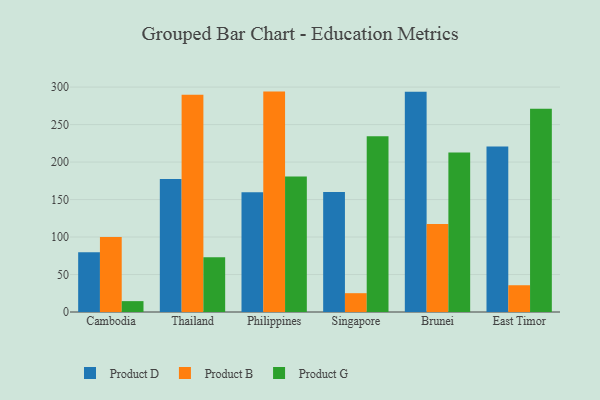
{"axis": {"x": "Country", "y": "Production Output"}, "legend": ["Product B", "Product D", "Product G"], "data": [{"x": "Cambodia", "y": 79.8, "type": "Product D"}, {"x": "Cambodia", "y": 100.1, "type": "Product B"}, {"x": "Cambodia", "y": 14.5, "type": "Product G"}, {"x": "Thailand", "y": 177.4, "type": "Product D"}, {"x": "Thailand", "y": 289.8, "type": "Product B"}, {"x": "Thailand", "y": 73.0, "type": "Product G"}, {"x": "Philippines", "y": 159.9, "type": "Product D"}, {"x": "Philippines", "y": 294.0, "type": "Product B"}, {"x": "Philippines", "y": 180.9, "type": "Product G"}, {"x": "Singapore", "y": 160.0, "type": "Product D"}, {"x": "Singapore", "y": 25.1, "type": "Product B"}, {"x": "Singapore", "y": 234.3, "type": "Product G"}, {"x": "Brunei", "y": 293.9, "type": "Product D"}, {"x": "Brunei", "y": 117.5, "type": "Product B"}, {"x": "Brunei", "y": 212.8, "type": "Product G"}, {"x": "East Timor", "y": 220.7, "type": "Product D"}, {"x": "East Timor", "y": 35.7, "type": "Product B"}, {"x": "East Timor", "y": 271.2, "type": "Product G"}]}